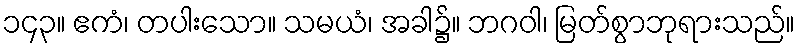
၁၄၃။ ဧကံ၊ တပါးသော။ သမယံ၊ အခါ၌။ ဘဂဝါ၊ မြတ်စွာဘုရားသည်။